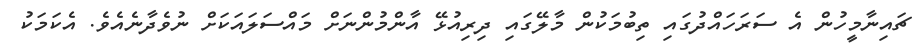
ޗައިނާމީހުން އެ ސަރަހައްދުގައި ތިބުމަކުން މާލޭގައި ދިރިއުޅޭ އާންމުންނަށް މައްސަލައަކަށް ނުވެދާނެއެވެ. އެކަމަކު